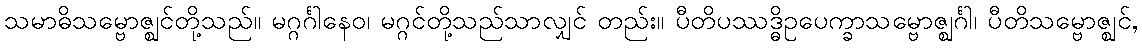
သမာဓိသမ္ဗောဇ္ဈင်တို့သည်။ မဂ္ဂင်္ဂါနေဝ၊ မဂ္ဂင်တို့သည်သာလျှင် တည်း။ ပီတိပဿဒ္ဓိဥပေက္ခာသမ္ဗောဇ္ဈင်္ဂါ၊ ပီတိသမ္ဗောဇ္ဈင်,